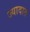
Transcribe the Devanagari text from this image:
ज्यादात